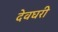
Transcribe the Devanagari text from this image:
देवघरी